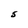
Character: S